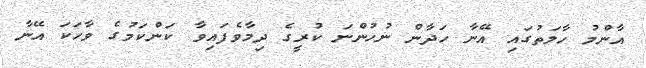
އާންމު ހާލަތުގައި އޭނާ ހަދާން ނުހުންނަ ކުރީގެ ދިމާވެފައިވާ ކަންކަމުގެ ވާހަކަ އޭނާ